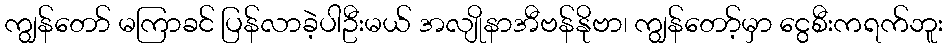
ကျွန်တော် မကြာခင် ပြန်လာခဲ့ပါဦးမယ် အလျိုနာအီဗန်နိုဗာ၊ ကျွန်တော့်မှာ ငွေစီးကရက်ဘူး